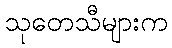
သုတေသီများက